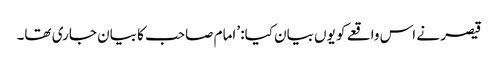
قیصر نے اس واقعے کو یوں بیان کیا: ’امام صاحب کا بیان جاری تھا۔